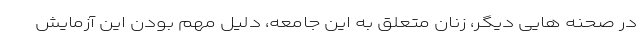
در صحنه هایی دیگر، زنان متعلق به این جامعه، دلیل مهم بودن این آزمایش